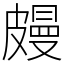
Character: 㿸